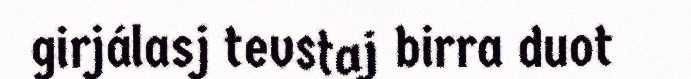
girjálasj tevstaj birra duot